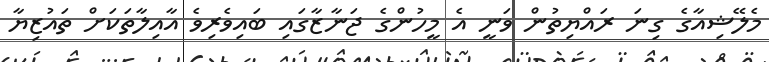
މެލޭޝިއާގެ ގިނަ ރައްޔިތުން ވަނީ އެ މީހުންގެ ޖަނާޒާގައި ބައިވެރިވެ އާއިލާތަކަށް ތައުޒިޔާ